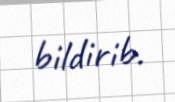
bildirib.